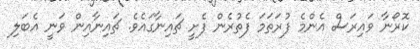
ކޮރޯނާ ވައިރަސް އެންމެ ފުރަތަމަ ފެތުރެން ފެށީ ޗައިނާގައެވެ. ޗައިނާއިން ވަނީ އެބަލި